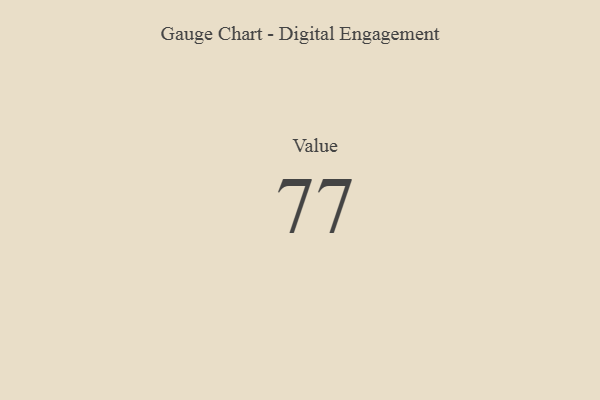
{"axis": {"x": "Metric", "y": "Value"}, "legend": [""], "data": [{"x": "Value", "y": 77, "type": ""}]}